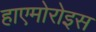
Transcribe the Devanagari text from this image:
हाएमोरोइस